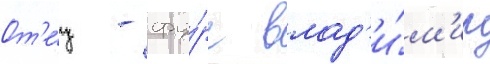
От'е́ц - фу́рс влад'и́м'ир